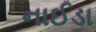
નાઈડા